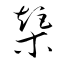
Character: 榘